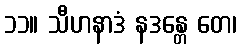
၁၁။ သီဟနာဒံ နဒန္တေ တေ၊